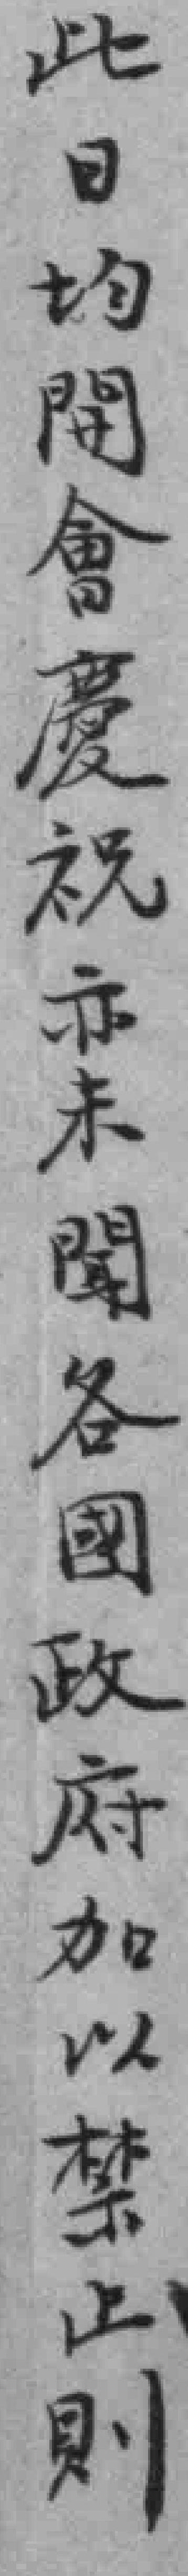
此日均開會慶祝亦未聞各國政府加以禁止則